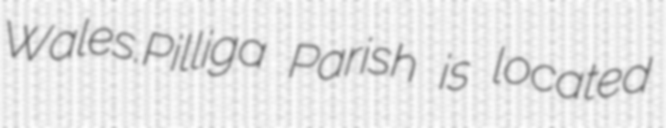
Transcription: Wales.Pilliga Parish is located